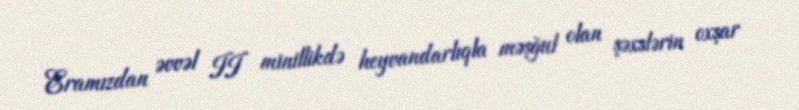
Eramızdan əvvəl II minillikdə heyvandarlıqla məşğul olan şəxslərin oxşar